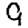
Digit: 9